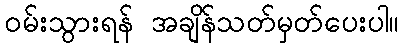
ဝမ်းသွားရန် အချိန်သတ်မှတ်ပေးပါ။